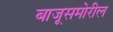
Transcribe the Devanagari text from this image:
बाजूसमोरील